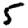
Digit: 5